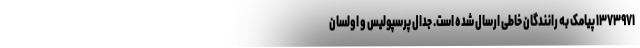
۱۳۷۳۹۷۱ پیامک به رانندگان خاطی ارسال شده است. جدال پرسپولیس و اولسان